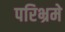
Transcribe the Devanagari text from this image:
परिभ्रमे